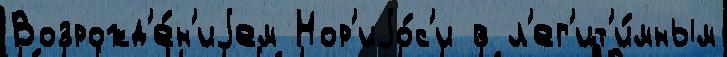
Возрожд'е́н'иjем Нор'иjо́с'и в л'ег'ит'и́мным